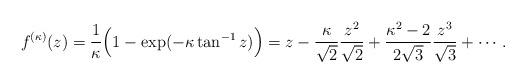
LaTeX: \begin{align*}f^{(\kappa)}(z)=\frac{1}{\kappa}\Bigl(1-\exp(-\kappa\tan^{-1}z)\Bigr)=z-\frac{\kappa}{\sqrt{2}}\frac{z^2}{\sqrt{2}}+\frac{\kappa^2-2}{2\sqrt{3}}\frac{z^3}{\sqrt{3}}+\cdots.\end{align*}